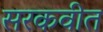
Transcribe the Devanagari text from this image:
सरकवीत